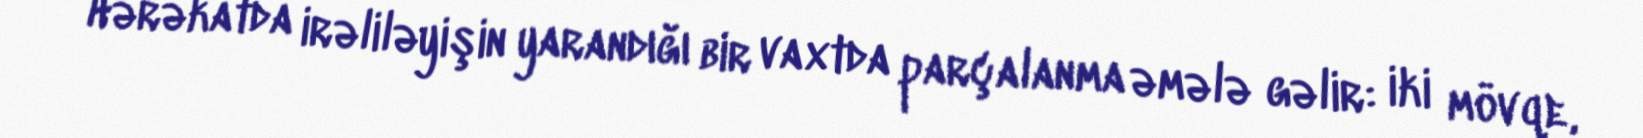
Hərəkatda irəliləyişin yarandığı bir vaxtda parçalanma əmələ gəlir: iki mövqe,